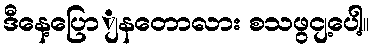
ဒီနေ့ပြောျနတောလား စသဖွငျ့ပေါ့။